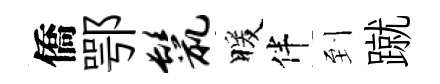
僑鄂鬣暖伴到蹴